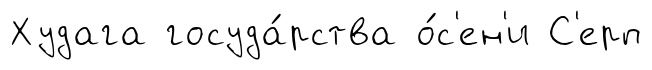
Худага госуда́рства о́с'ен'и С'ерп